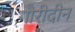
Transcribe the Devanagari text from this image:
गौरीदीन